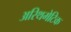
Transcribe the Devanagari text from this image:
अरिथमेटिक